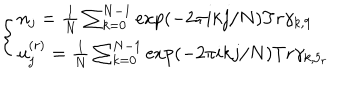
LaTeX: \left\{ \begin{array} { l } { { n _ { j } = \frac { 1 } { N } \sum _ { k = 0 } ^ { N - 1 } \exp ( - 2 \pi i k j / N ) T r \gamma _ { k , 9 } } } \\ { { u _ { j } ^ { ( r ) } = \frac { 1 } { N } \sum _ { k = 0 } ^ { N - 1 } \exp ( - 2 \pi i k j / N ) T r \gamma _ { k , 5 _ { r } } } } \\ \end{array} \right.